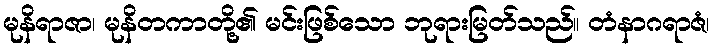
မုနိရာဇာ၊ မုနိတကာတို့၏ မင်းဖြစ်သော ဘုရားမြတ်သည်။ တံနာဂရာဇံ၊